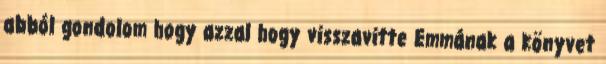
abból gondolom hogy azzal hogy visszavitte Emmának a könyvet